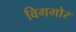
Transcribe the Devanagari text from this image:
विगमोर